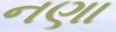
નણા